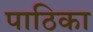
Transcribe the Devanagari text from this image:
पाठिका